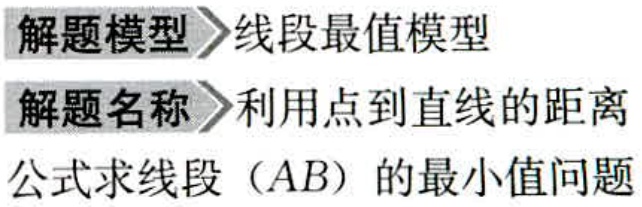
解题模型>>线段最值模型

解题名称>>利用点到直线的距离

公式求线段（AB）的最小值问题